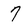
Character: 7